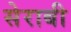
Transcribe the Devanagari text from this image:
सेराबी